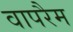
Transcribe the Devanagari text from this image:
वापरैम